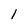
Character: l